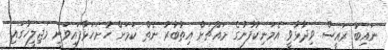
ނައިބު ރައީސް ވިދާޅުވީ އެމަނިކުފާނުގެ މައްޗަށް އިތުބާރު ނެތް ކަމަށް ހުށަހަޅާފައިވަނީ މަޖިލީހުގައި